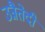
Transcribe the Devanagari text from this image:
उन्नैतेदी